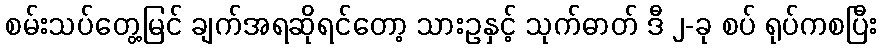
စမ်းသပ်တွေ့မြင် ချက်အရဆိုရင်တော့ သားဥနှင့် သုက်ဓာတ် ဒီ ၂-ခု စပ် ရုပ်ကစပြီး